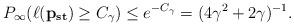
LaTeX: \begin{align*}P_{\infty}(\ell(\mathbf{p_{st}}) \geq C_{\gamma}) \leq e^{-C_{\gamma}} = (4\gamma^{2}+2\gamma)^{-1}.\end{align*}